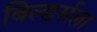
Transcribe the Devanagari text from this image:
बिल्डर्सला